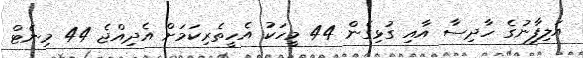
އަލިފާނުގެ ހާދިސާ އާއި ގުޅިގެން 44 މީހަކު އެހީތެރިކަމަށް އެދިއްޖެ 44 މިނެޓް